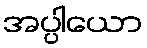
အပ္ပါယော